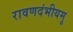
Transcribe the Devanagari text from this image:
रावणदंभीयमु